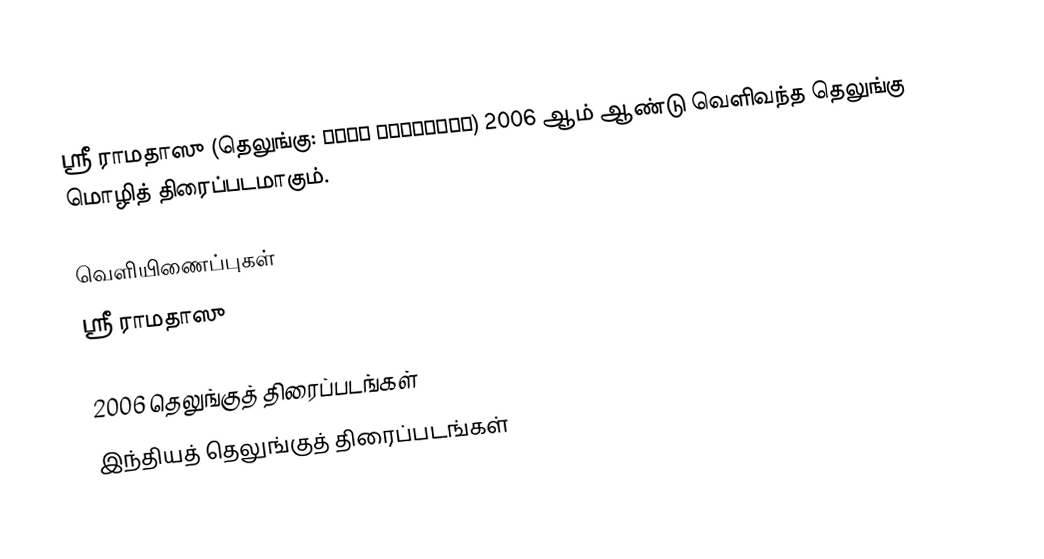
ஸ்ரீ ராமதாஸு (தெலுங்கு: శ్రీ రామాదాసు) 2006 ஆம் ஆண்டு வெளிவந்த தெலுங்கு மொழித் திரைப்படமாகும்.

வெளியிணைப்புகள்
ஸ்ரீ ராமதாஸு

2006 தெலுங்குத் திரைப்படங்கள்
இந்தியத் தெலுங்குத் திரைப்படங்கள்